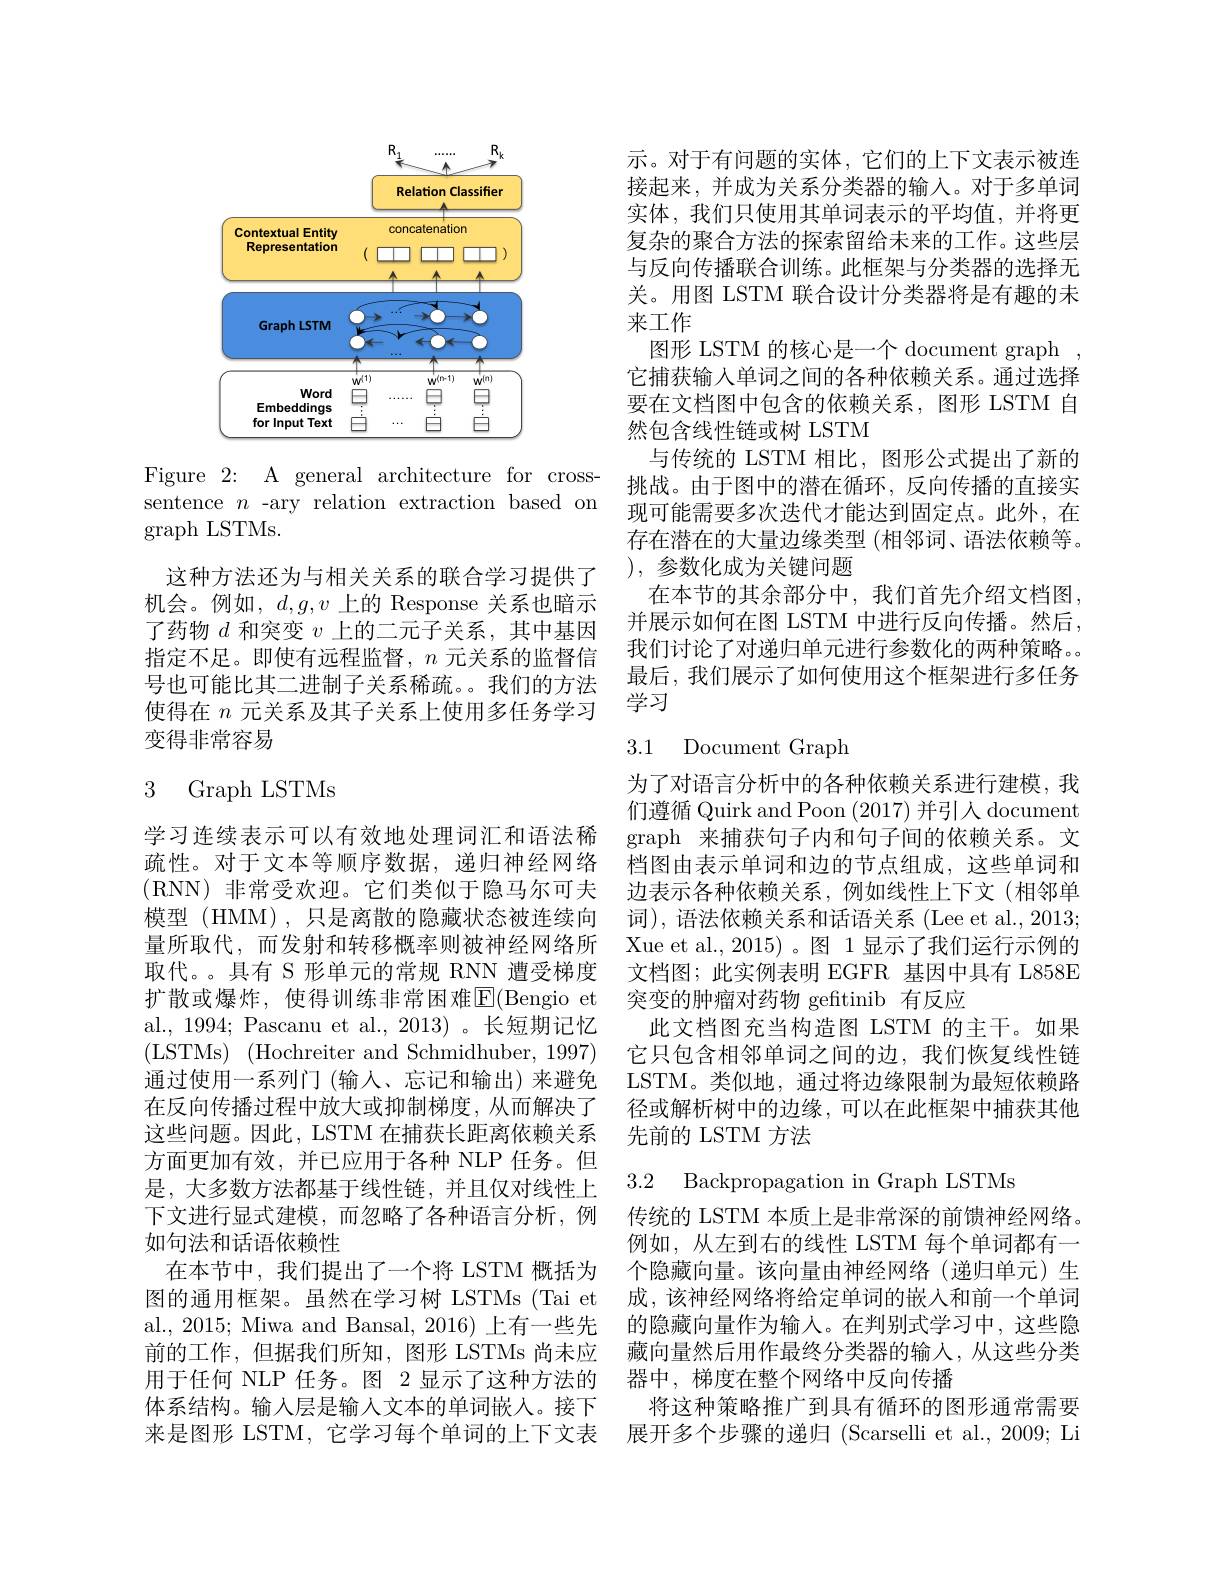
<FigureHere>

Figure 2: A general architecture for crosssentence $n$ -ary relation extraction based on graph LSTMs.

这种方法还为与相关关系的联合学习提供了机会。例如，$d,g,v$上的 Response 关系也暗示了药物$d$和突变$v$上的二元子关系，其中基因指定不足。即使有远程监督，$n$元关系的监督信号也可能比其二进制子关系稀疏。。我们的方法使得在$n$元关系及其子关系上使用多任务学习变得非常容易

## 3 Graph LSTMs

al., 1994; Pascanu et al., 2013) 。长短期记忆(LSTMs) ( Hochreiter and Schmidhuber, 1997) 通过使用一系列门(输入、忘记和输出)来避免在反向传播过程中放大或抑制梯度，从而解决了这些问题。因此，LSTM 在捕获长距离依赖关系方面更加有效，并已应用于各种 NLP 任务。但是，大多数方法都基于线性链，并且仅对线性上下文进行显式建模，而忽略了各种语言分析，例如句法和话语依赖性
在本节中，我们提出了一个将 LSTM 概括为 个隐藏向量。该向量由神经网络 (递归单元)生图的通用框架。虽然在学习树 LSTMs (Tai et 成，该神经网络将给定单词的嵌入和前一个单词al., 2015; Miwa and Bansal, 2016) 上有一些先 的隐藏向量作为输人。在判别式学习中，这些隐前的工作，但据我们所知，图形 LSTMs 尚未应 藏向量然后用作最终分类器的输入，从这些分类用于任何 NLP 任务。图 2 显示了这种方法的 器中，梯度在整个网络中反向传播
体系结构。输人层是输人文本的单词嵌人。接下 将这种策略推广到具有循环的图形通常需要来是图形 LSTM, 它学习每个单词的上下文表 展开多个步骤的递归 (Scarselli et al., 2009; Li

示。对于有问题的实体，它们的上下文表示被连接起来，并成为关系分类器的输入。对于多单词实体，我们只使用其单词表示的平均值，并将更复杂的聚合方法的探索留给未来的工作。这些层与反向传播联合训练。此框架与分类器的选择无关。用图 LSTM 联合设计分类器将是有趣的未来工作
图形 LSTM 的核心是一个 document graph 它捕获输入单词之间的各种依赖关系。通过选择要在文档图中包含的依赖关系，图形 LSTM 自然包含线性链或树 LSTM
与传统的 LSTM 相比，图形公式提出了新的挑战。由于图中的潜在循环，反向传播的直接实现可能需要多次迭代才能达到固定点。此外，在存在潜在的大量边缘类型 (相邻词、语法依赖等。),参数化成为关键问题
在本节的其余部分中，我们首先介绍文档图， 并展示如何在图 LSTM 中进行反向传播。然后， 我们讨论了对递归单元进行参数化的两种策略。
最后，我们展示了如何使用这个框架进行多任务
学习

## 3.1 Document Graph

为了对语言分析中的各种依赖关系进行建模，我们遵循 Quirk and Poon (2017)并引人 document
学习连续表示可以有效地处理词汇和语法稀 graph 来捕获句子内和句子间的依赖关系。文疏性。对于文本等顺序数据，递归神经网络 档图由表示单词和边的节点组成，这些单词和(RNN)非常受欢迎。它们类似于隐马尔可夫 边表示各种依赖关系，例如线性上下文 (相邻单模型 (HMM),只是离散的隐藏状态被连续向 词),语法依赖关系和话语关系 (Lee et al., 2013; 量所取代，而发射和转移概率则被神经网络所 Xue et al.,2015)。图 1 显示了我们运行示例的取代。。具有 S 形单元的常规 RNN 遭受梯度 文档图；此实例表明 EGFR 基因中具有 L858E 扩散或爆炸，使得训练非常困难$\overline{\mathrm{E}}($Bengio et 突变的肿瘤对药物 gefitinib 有反应
此文档图充当构造图 LSTM 的主干。如果它只包含相邻单词之间的边，我们恢复线性链LSTM。类似地，通过将边缘限制为最短依赖路径或解析树中的边缘，可以在此框架中捕获其他先前的 LSTM 方法

3.2 Backpropagation in Graph LSTMs

传统的 LSTM 本质上是非常深的前馈神经网络。例如，从左到右的线性 LSTM 每个单词都有一